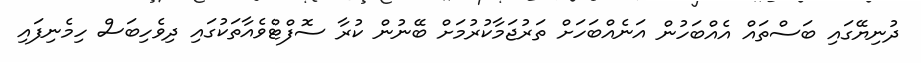
ދުނިޔޭގައި ބަސްތައް އެއްބަހުން އަނެއްބަހަށް ތަރުޖަމާކުރުމަށް ބޭނުން ކުރާ ސޮފްޓްވެއާތަކުގައި ދިވެހިބަސް ހިމެނިފައި